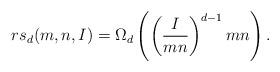
LaTeX: \begin{align*} rs_d(m,n,I)=\Omega_d\left( \left(\frac{I}{mn}\right)^{d-1} mn\right).\end{align*}